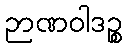
ဉာဏဝါဒဉ္စ